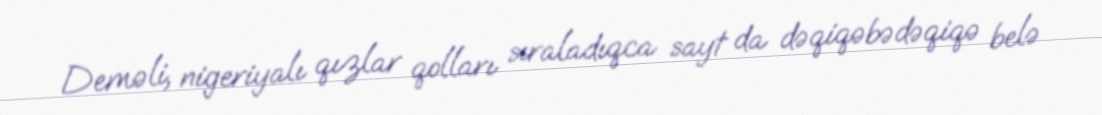
Deməli, nigeriyalı qızlar qolları sıraladıqca sayt da dəqiqəbədəqiqə belə